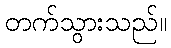
တက်သွားသည်။